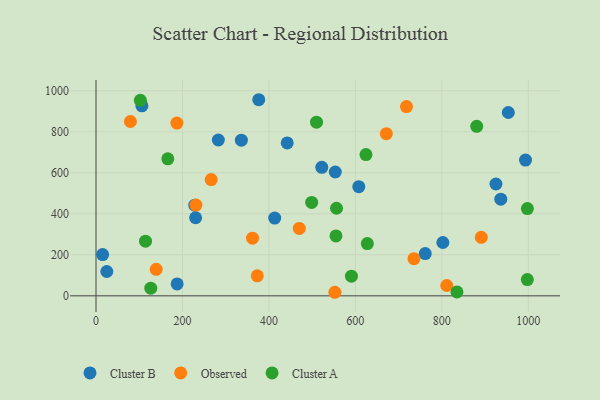
{"axis": {"x": "Engine Size", "y": "Demand"}, "legend": ["Cluster A", "Cluster B", "Observed"], "data": [{"x": "993.6", "y": 662.0, "type": "Cluster B"}, {"x": "607.9", "y": 532.2, "type": "Cluster B"}, {"x": "953.8", "y": 894.0, "type": "Cluster B"}, {"x": "553.5", "y": 603.9, "type": "Cluster B"}, {"x": "413.4", "y": 379.4, "type": "Cluster B"}, {"x": "336.3", "y": 758.9, "type": "Cluster B"}, {"x": "187.7", "y": 58.0, "type": "Cluster B"}, {"x": "283.0", "y": 759.9, "type": "Cluster B"}, {"x": "376.5", "y": 956.4, "type": "Cluster B"}, {"x": "761.6", "y": 206.0, "type": "Cluster B"}, {"x": "522.3", "y": 626.8, "type": "Cluster B"}, {"x": "228.5", "y": 442.3, "type": "Cluster B"}, {"x": "15.3", "y": 201.4, "type": "Cluster B"}, {"x": "936.4", "y": 471.5, "type": "Cluster B"}, {"x": "106.2", "y": 926.7, "type": "Cluster B"}, {"x": "25.0", "y": 118.7, "type": "Cluster B"}, {"x": "230.4", "y": 380.9, "type": "Cluster B"}, {"x": "925.2", "y": 545.3, "type": "Cluster B"}, {"x": "802.4", "y": 260.1, "type": "Cluster B"}, {"x": "442.3", "y": 745.5, "type": "Cluster B"}, {"x": "187.1", "y": 842.3, "type": "Observed"}, {"x": "231.1", "y": 442.5, "type": "Observed"}, {"x": "735.5", "y": 181.3, "type": "Observed"}, {"x": "891.3", "y": 285.5, "type": "Observed"}, {"x": "470.2", "y": 328.7, "type": "Observed"}, {"x": "718.2", "y": 923.2, "type": "Observed"}, {"x": "79.6", "y": 850.1, "type": "Observed"}, {"x": "266.4", "y": 566.8, "type": "Observed"}, {"x": "671.6", "y": 790.6, "type": "Observed"}, {"x": "811.4", "y": 50.4, "type": "Observed"}, {"x": "373.1", "y": 97.8, "type": "Observed"}, {"x": "552.5", "y": 17.4, "type": "Observed"}, {"x": "362.1", "y": 281.1, "type": "Observed"}, {"x": "139.2", "y": 129.4, "type": "Observed"}, {"x": "555.1", "y": 292.4, "type": "Cluster A"}, {"x": "166.1", "y": 668.1, "type": "Cluster A"}, {"x": "590.9", "y": 95.8, "type": "Cluster A"}, {"x": "556.4", "y": 427.1, "type": "Cluster A"}, {"x": "835.0", "y": 18.9, "type": "Cluster A"}, {"x": "880.7", "y": 826.6, "type": "Cluster A"}, {"x": "498.9", "y": 455.8, "type": "Cluster A"}, {"x": "126.7", "y": 37.4, "type": "Cluster A"}, {"x": "510.1", "y": 847.0, "type": "Cluster A"}, {"x": "997.9", "y": 425.8, "type": "Cluster A"}, {"x": "627.7", "y": 255.0, "type": "Cluster A"}, {"x": "114.5", "y": 266.5, "type": "Cluster A"}, {"x": "102.6", "y": 953.6, "type": "Cluster A"}, {"x": "624.5", "y": 689.1, "type": "Cluster A"}, {"x": "997.8", "y": 79.3, "type": "Cluster A"}]}